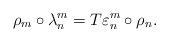
LaTeX: \begin{align*}\rho_{m}\circ\lambda_{n}^{m}=T\varepsilon_{n}^{m}\circ\rho_{n}.\end{align*}